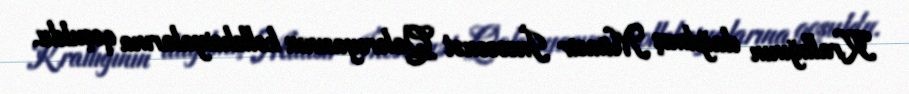
Krallığının dağılmış Müasir İncəsənət Qalereyasının kolleksiyalarına qoşuldu.